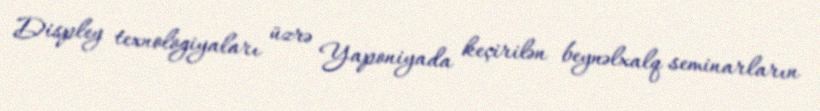
Displey texnologiyaları üzrə Yaponiyada keçirilən beynəlxalq seminarların